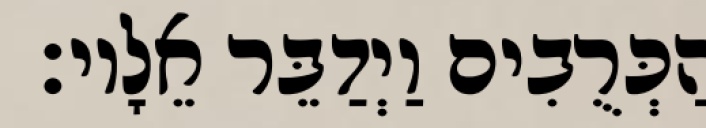
הַכְּרֻבִים וַיְדַבֵּר אֵלָיו׃